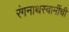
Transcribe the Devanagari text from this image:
रंगनाथस्वामींची